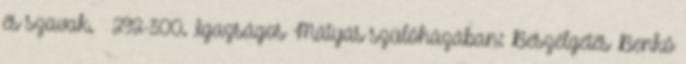
és szavak. – 292-300. Igazságos Mátyás szülőházában: Beszélgetés Benkő